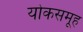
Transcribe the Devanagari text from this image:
योकसमूह